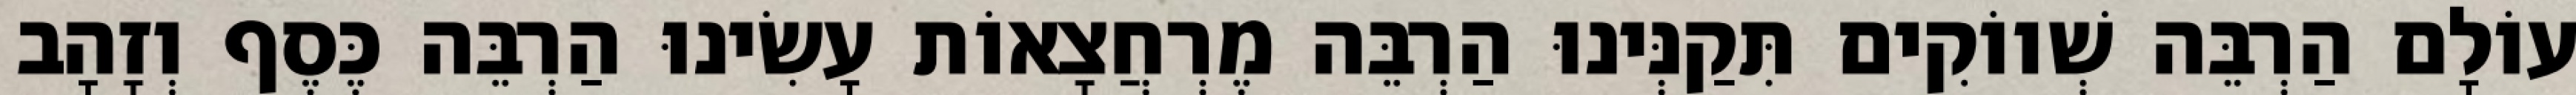
עוֹלָם הַרְבֵּה שְׁווֹקִים תִּקַנְּינוּ הַרְבֵּה מֶרְחֲצָאוֹת עָשִׂינוּ הַרְבֵּה כֶּסֶף וְזָהָב